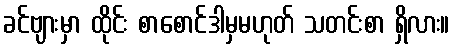
ခင်ဗျားမှာ ထိုင်း စာစောင်ဒါမှမဟုတ် သတင်းစာ ရှိလား။